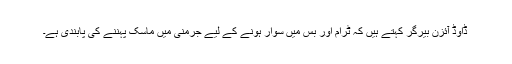
ڈاوڈ آئزن بیرگر کہتے ہیں کہ ٹرام اور بس میں سوار ہونے کے لیے جرمنی میں ماسک پہننے کی پابندی ہے۔